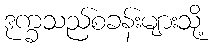
ဒုက္ခသည်စခန်းများသို့